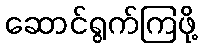
ဆောင်ရွက်ကြဖို့